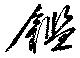
鑑